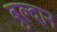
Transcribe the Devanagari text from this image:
बुल्दान